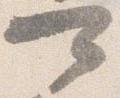
可